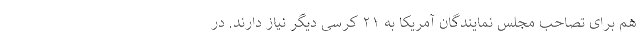
هم برای تصاحب مجلس نمایندگان آمریکا به ۲۱ کرسی دیگر نیاز دارند. در